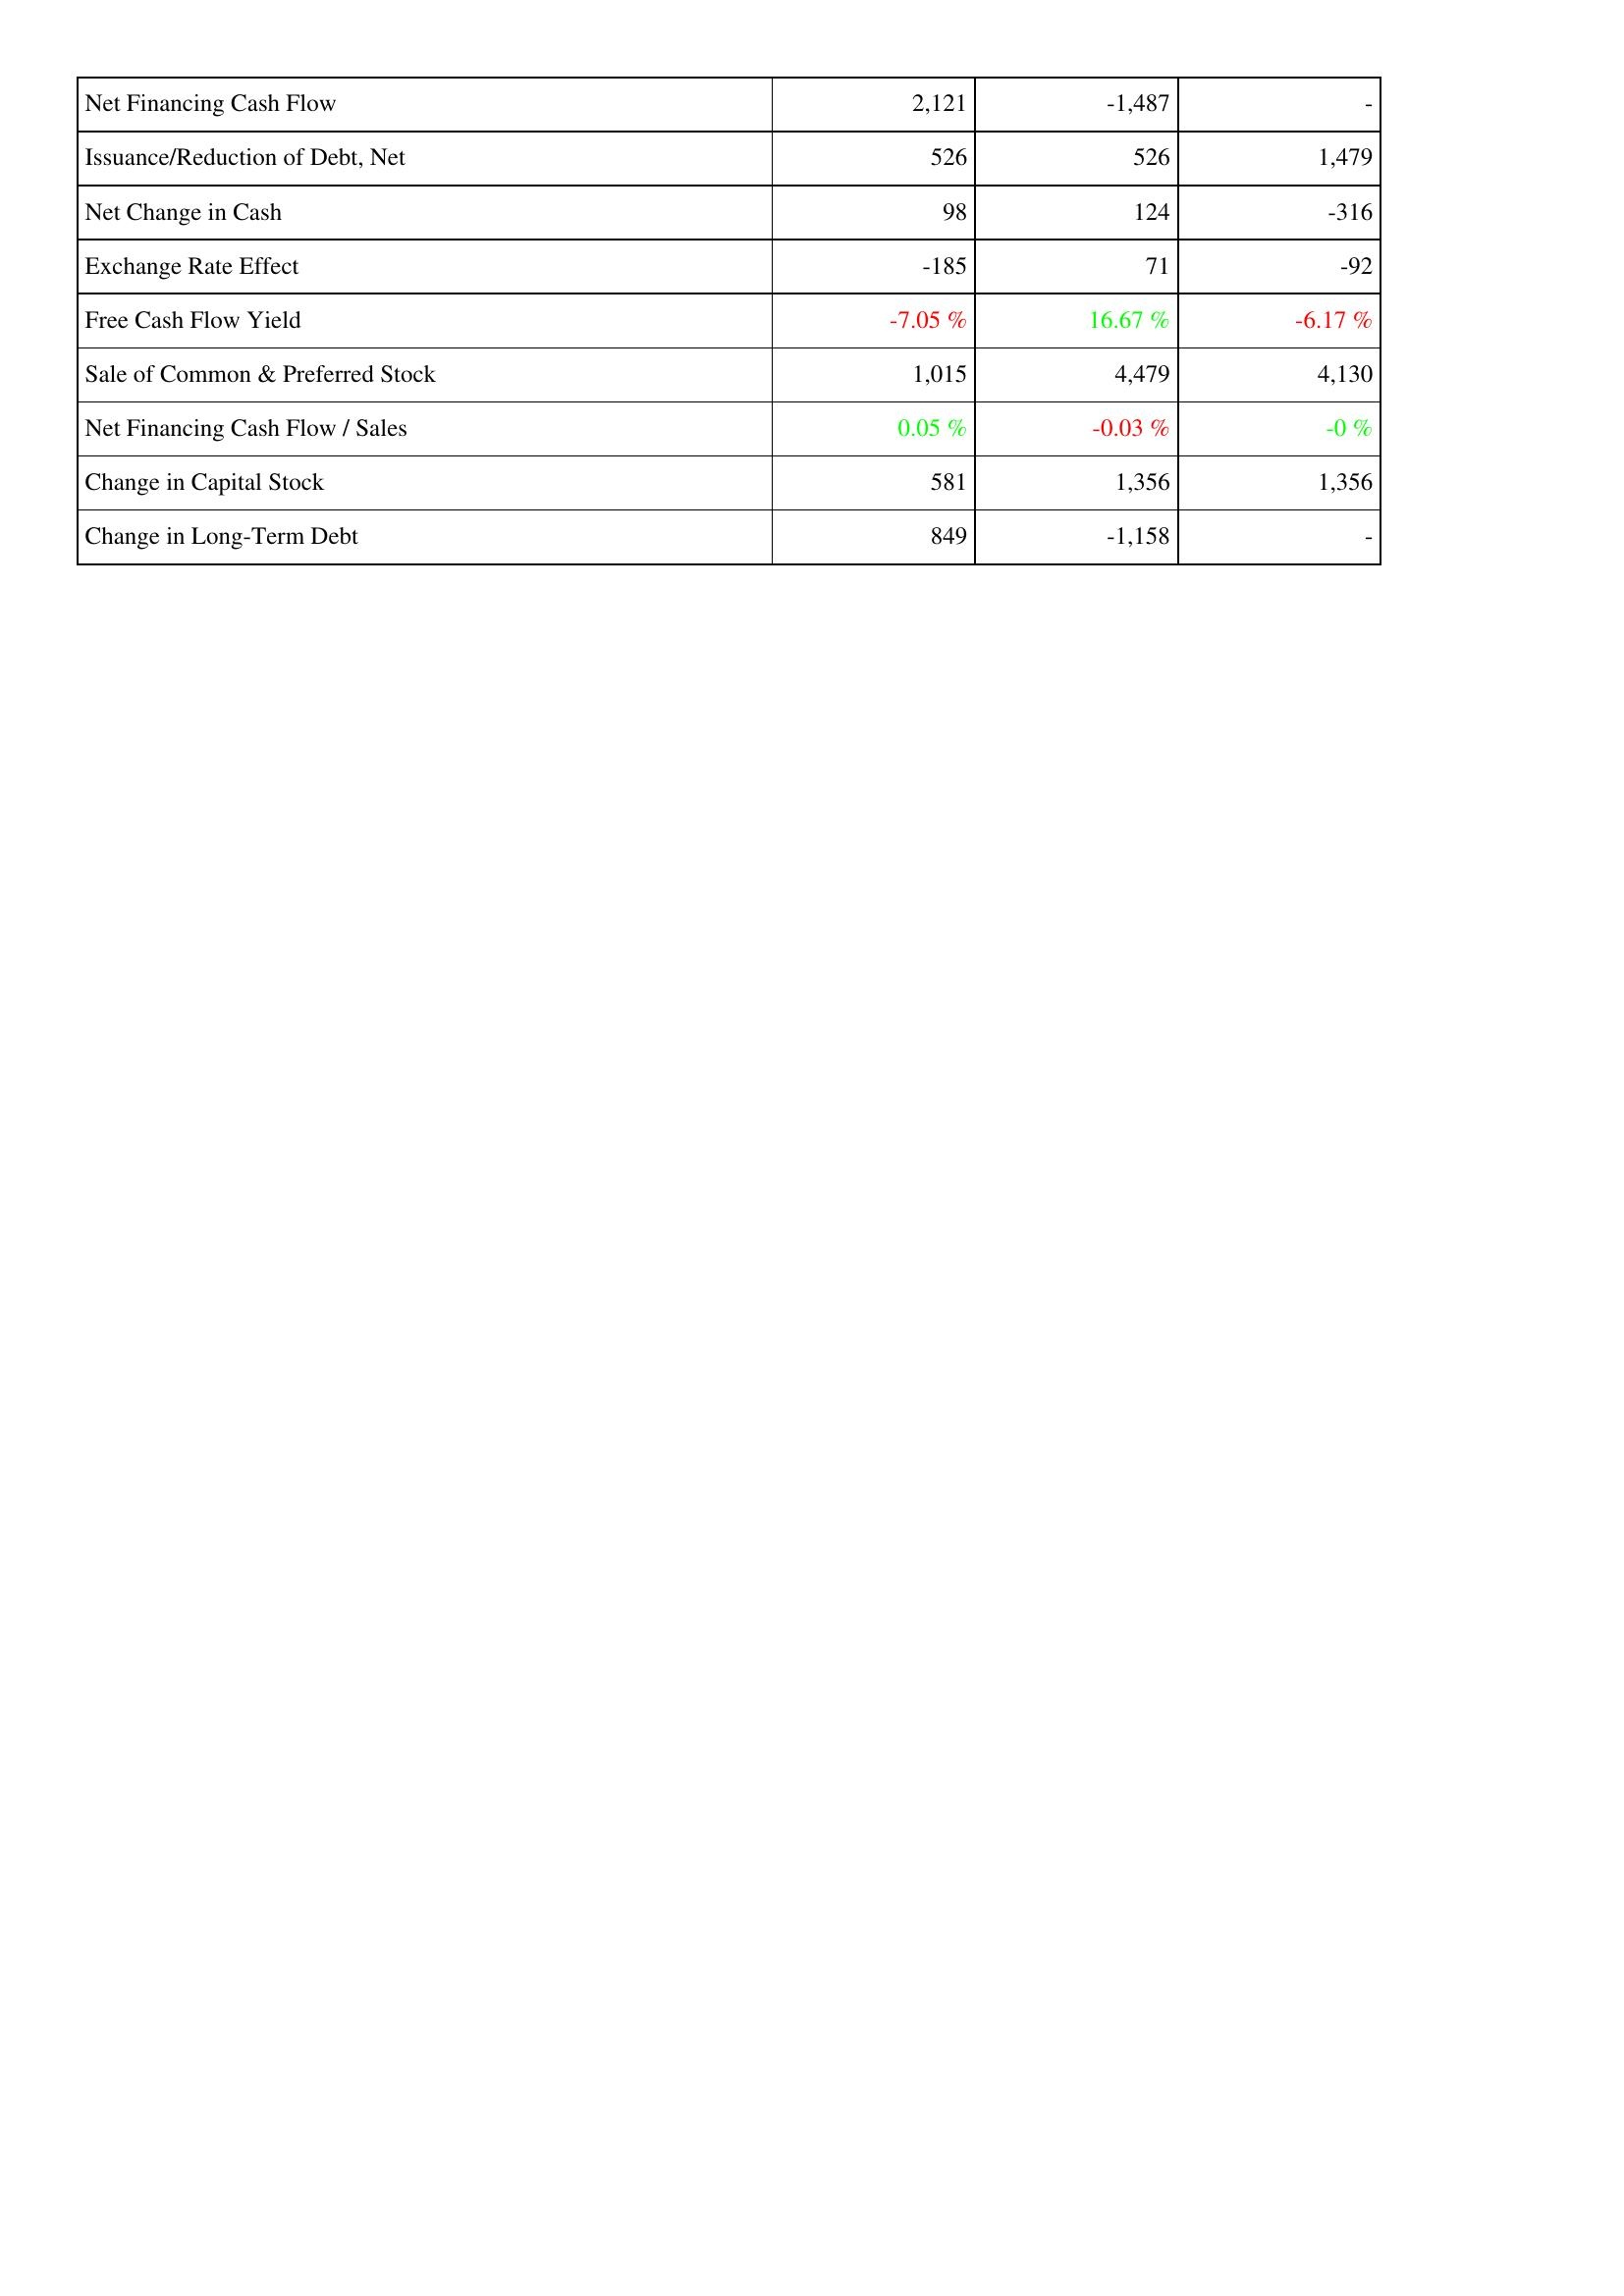
2014: Financing Activities: Net Financing Cash Flow: 2,121
Issuance/Reduction of Debt, Net: 526
Net Change in Cash: 98
Exchange Rate Effect: -185
Free Cash Flow Yield: -7.05 %
Sale of Common & Preferred Stock: 1,015
Net Financing Cash Flow / Sales: 0.05 %
Change in Capital Stock: 581
Change in Long-Term Debt: 849
2013: Financing Activities: Net Financing Cash Flow: -1,487
Issuance/Reduction of Debt, Net: 526
Net Change in Cash: 124
Exchange Rate Effect: 71
Free Cash Flow Yield: 16.67 %
Sale of Common & Preferred Stock: 4,479
Net Financing Cash Flow / Sales: -0.03 %
Change in Capital Stock: 1,356
Change in Long-Term Debt: -1,158
2012: Financing Activities: Net Financing Cash Flow: -
Issuance/Reduction of Debt, Net: 1,479
Net Change in Cash: -316
Exchange Rate Effect: -92
Free Cash Flow Yield: -6.17 %
Sale of Common & Preferred Stock: 4,130
Net Financing Cash Flow / Sales: -0 %
Change in Capital Stock: 1,356
Change in Long-Term Debt: -